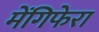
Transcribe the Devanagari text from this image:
मेंगिफेरा